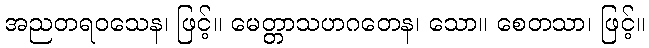
အညတရဝသေန၊ ဖြင့်။ မေတ္တာသဟဂတေန၊ သော။ စေတသာ၊ ဖြင့်။